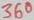
Text: 360